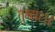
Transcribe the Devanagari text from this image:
तुम्‍हार।।